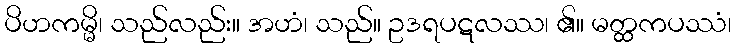
ပိဟကမ္မိ၊ သည်လည်း။ အဟံ၊ သည်။ ဥဒရပဋလဿ၊ ၏။ မတ္ထကပဿံ၊